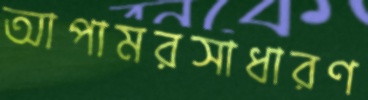
আপামরসাধারণ